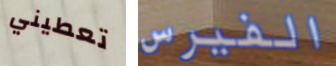
تعطيني الفيرس